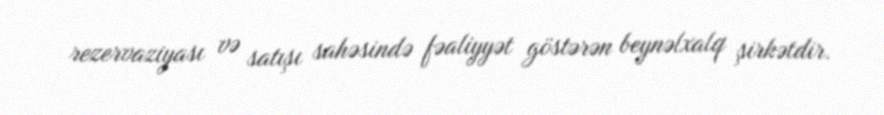
rezervaziyası və satışı sahəsində fəaliyyət göstərən beynəlxalq şirkətdir.